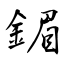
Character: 鎇